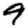
Digit: 9